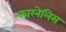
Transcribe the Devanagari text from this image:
कारनेलिस